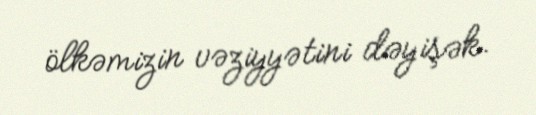
ölkəmizin vəziyyətini dəyişək.